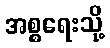
အစ္စရေးသို့